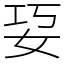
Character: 㚽